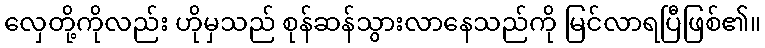
လှေတို့ကိုလည်း ဟိုမှသည် စုန်ဆန်သွားလာနေသည်ကို မြင်လာရပြီဖြစ်၏။